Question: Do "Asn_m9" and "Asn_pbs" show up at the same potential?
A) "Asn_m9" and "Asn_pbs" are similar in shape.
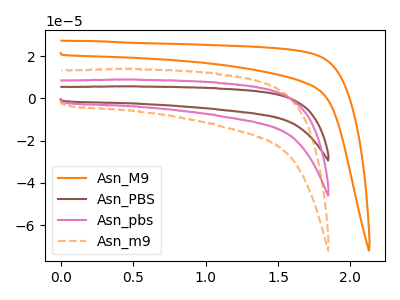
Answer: <think>The orange curve "Asn_M9" has no peaks. The brown curve "Asn_PBS" has no peaks. The pink curve "Asn_pbs" has no peaks. The orange dashed curve "Asn_m9" has no peaks.
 Neither "Asn_m9" or "Asn_pbs" have any peaks.</think>
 <answer>A) "Asn_m9" and "Asn_pbs" are similar in shape.</answer>
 <eval>A</eval>